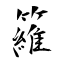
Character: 籮